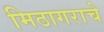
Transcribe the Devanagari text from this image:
मिठागराचे